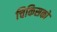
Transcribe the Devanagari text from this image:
चिकिसकों